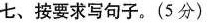
七、按要求写句子。(5分)